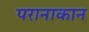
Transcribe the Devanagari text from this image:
परानाकान